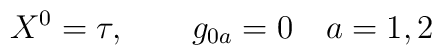
X^{0} = \tau,\qquad g_{0a} = 0\quad a=1,2